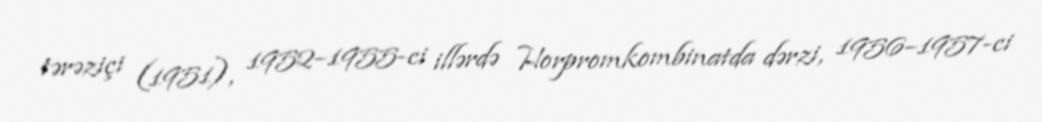
tərəziçi (1951), 1952–1955-ci illərdə Horpromkombinatda dərzi, 1956–1957-ci